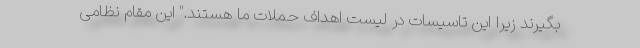
بگیرند زیرا این تاسیسات در لیست اهداف حملات ما هستند." این مقام نظامی